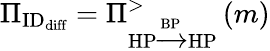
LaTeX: \Pi_{\textrm{ID}_{\textrm{diff}}}=\Pi_{\textrm{HP}\xrightarrow{\textrm{BP}}\textrm{HP}}^{>}\left(m\right)